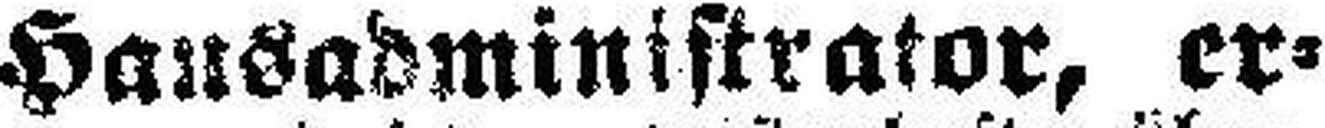
Hausadministrator, er¬